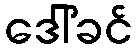
ဒေါ်ခင်